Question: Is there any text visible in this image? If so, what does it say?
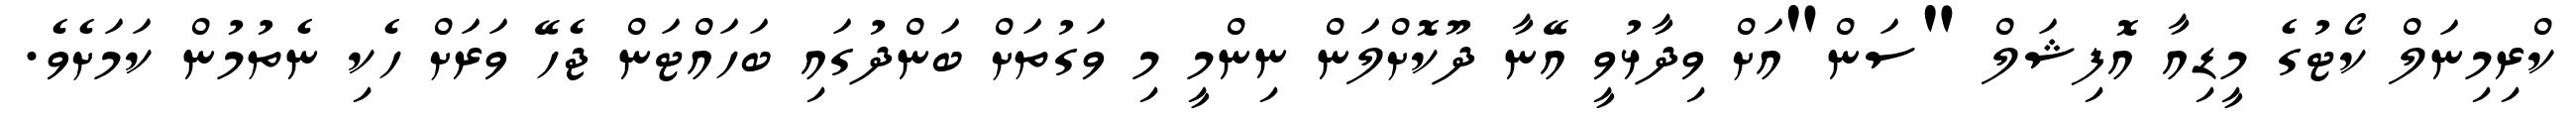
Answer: ކްރިމިނަލް ކޯޓުގެ މީޑިއާ އޮފިޝަލް "ސަން"އަށް ވިދާޅުވީ އޭނާ ދޫކޮށްލަން ނިންމީ މި ވަގުތަށް ބަންދުގައި ބަހައްޓަން ޖެހޭ ވަރަށް ހެކި ނެތުމުން ކަމަށެވެ.